Reports on military cantonments and civil stations in the Presidency of Bombay inspected by the Sanitary Commissioner in the years 1875 and 1876
Year: 1875
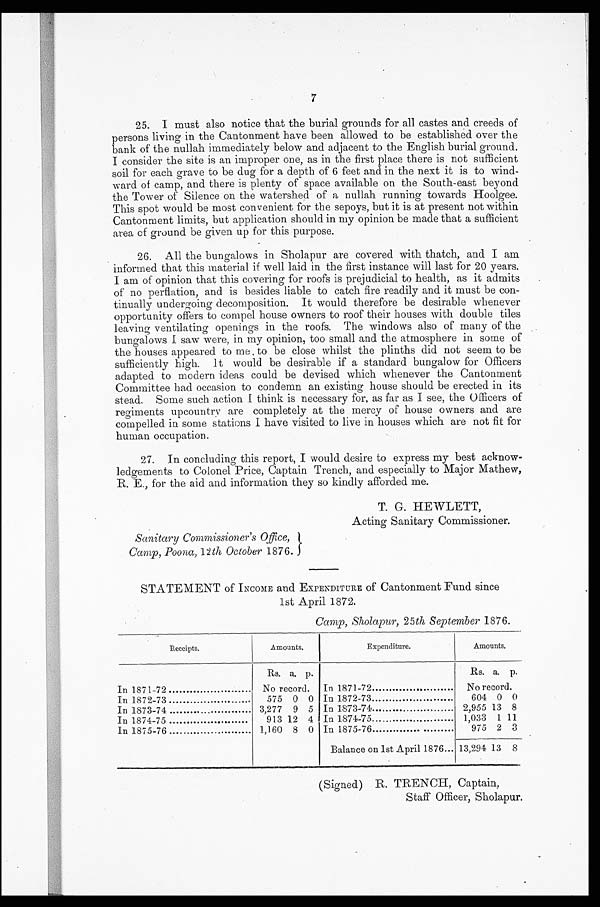
7
25. I must also notice that the burial grounds for all castes and creeds of
persons living in the Cantonment have been allowed to be established over the
bank of the nullah immediately below and adjacent to the English burial ground.
I consider the site is an improper one, as in the first place there is not sufficient
soil for each grave to be dug for a depth of 6 feet and in the next it is to wind--
ward of camp, and there is plenty of space available on the South-east beyond
the Tower of Silence on the watershed of a nullah running towards Hoolgee.
This spot would be most convenient for the sepoys, but it is at present not within
Cantonment limits, but application should in my opinion be made that a sufficient
area of ground be given up for this purpose.
26. All the bungalows in Sholapur are covered with thatch, and I am
informed that this material if well laid in the first instance will last for 20 years.
I am of opinion that this covering for roofs is prejudicial to health, as it admits
of no perflation, and is besides liable to catch fire readily and it must be con-
tinually undergoing decomposition. It would therefore be desirable whenever
opportunity offers to compel house owners to roof their houses with double tiles
leaving ventilating openings in the roofs. The windows also of many of the
bungalows I saw were, in my opinion, too small and the atmosphere in some of
the houses appeared to me to be close whilst the plinths did not seem to be
sufficiently high. It would be desirable if a standard bungalow for Officers
adapted to modern ideas could be devised which whenever the Cantonment
Committee had occasion to condemn an existing house should be erected in its
stead. Some such action I think is necessary for, as far as I see, the Officers of
regiments upcountry are completely at the mercy of house owners and are
compelled in some stations I have visited to live in houses which are not fit for
human occupation.
27. In concluding this report, I would desire to express my best acknow-
ledgements to Colonel Price, Captain Trench, and especially to Major Mathew,
R. E., for the aid and information they so kindly afforded me.
T. G. HEWLETT,
Acting Sanitary Commissioner.
Sanitary Commissioner's Office,
Camp, Poona, 12th October 1876.
STATEMENT of INCOME and EXPENDITURE of Cantonment Fund since
1st April 1872.
•
Camp, Sholapur, 25th September 1876.
Receipts.
Amounts.
Expenditure.
Amounts.
Rs. a. p.
Rs. a. p.
In 1871-72
No record. In 1871-72
No record.
In 1872-73
575 0 0 In 1872-73
604 0 0
In 1873-74
3,277 9 5 In 1873-74
2,955 13 8
In 1874-75
913 12 4 In 1874-75
1,033 1 11
In 1875-76
1,160 8 0 In 1875-76
975 2 3
Balance on 1st April 1876
13,294 13 8
(Signed) R. TRENCH , Captain,
Staff Officer, Sholapur.